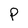
Character: p